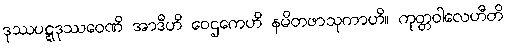
ဒုဿပဋ္ဋဒုဿဝေဏိ အာဒီဟိ ဝေဌကေဟိ နမိတဖာသုကာဟိ။ ကုတ္တဝါလေဟီတိ